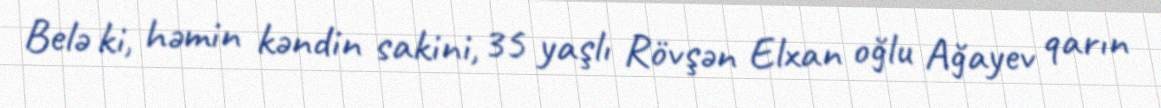
Belə ki, həmin kəndin sakini, 35 yaşlı Rövşən Elxan oğlu Ağayev qarın